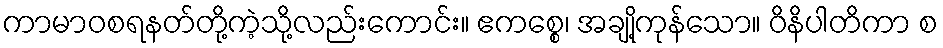
ကာမာဝစရနတ်တို့ကဲ့သို့လည်းကောင်း။ ဧကစ္စေ၊ အချို့ကုန်သော။ ဝိနိပါတိကာ စ